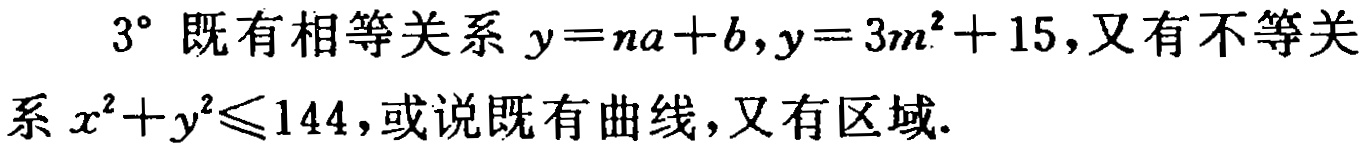
$3^{\circ}$ 既有相等关系 $y = na + b,y = 3m^{2}+15$，又有不等关系 $x^{2}+y^{2}\leq144$，或说既有曲线，又有区域.